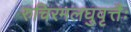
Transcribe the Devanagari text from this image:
रुचिरमलघुवृत्तैः